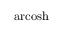
\operatorname { a r c o s h }